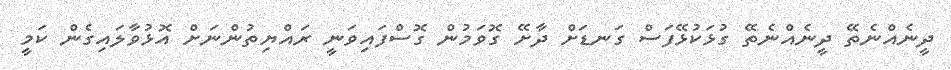
ދީނެއްނެތޭ ދީނެއްނެތޭ ގުޅަކުޅޭފަސް ގަނޑަށް ދާށޭ ގޮވަމުން ގޮސްފައިވަނީ ރައްޔިތުންނަށް އޮޅުވާލައިގެން ކަމީ